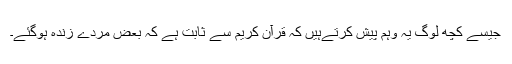
جیسے کچھ لوگ یہ وہم پیش کرتےہیں کہ قرآن کریم سے ثابت ہے کہ بعض مُردے زندہ ہوگئے۔